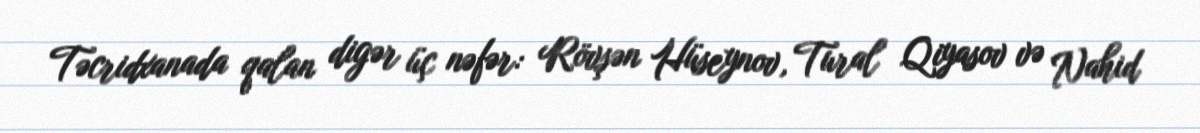
Təcridxanada qalan digər üç nəfər: Rövşən Hüseynov, Tural Qiyasov və Nahid